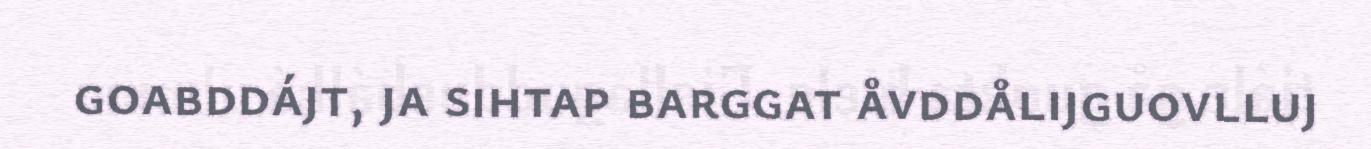
goabddájt, ja sihtap barggat åvddålijguovlluj